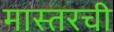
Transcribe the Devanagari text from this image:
मास्तरची